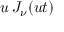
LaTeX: u \, J _ { \nu } ( u t )